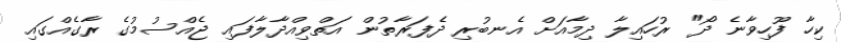
ކިހާ ފޫހިވާނެ ދޯ" ރުހައިލާ ދިމާއަށް އެނބުރި ދެފަރާތުން އަތްވިއްދާލާފައި ޖެއްސުމުގެ ރާގެއްގައި